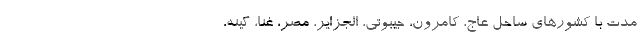
مدت با کشورهای ساحل عاج، کامرون، جیبوتی، الجزایر، مصر، غنا، گینه،